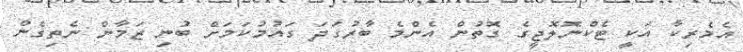
އެމެރިކާ އަކީ ޓެކްނޮލޮޖީގެ ގޮތުން އެންމެ ބާރުގަދަ ގައުމުކަމަށް ބުނި ޒަމާން ނެތިގެން